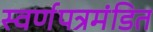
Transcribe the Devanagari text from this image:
स्वर्णपत्रमंडित